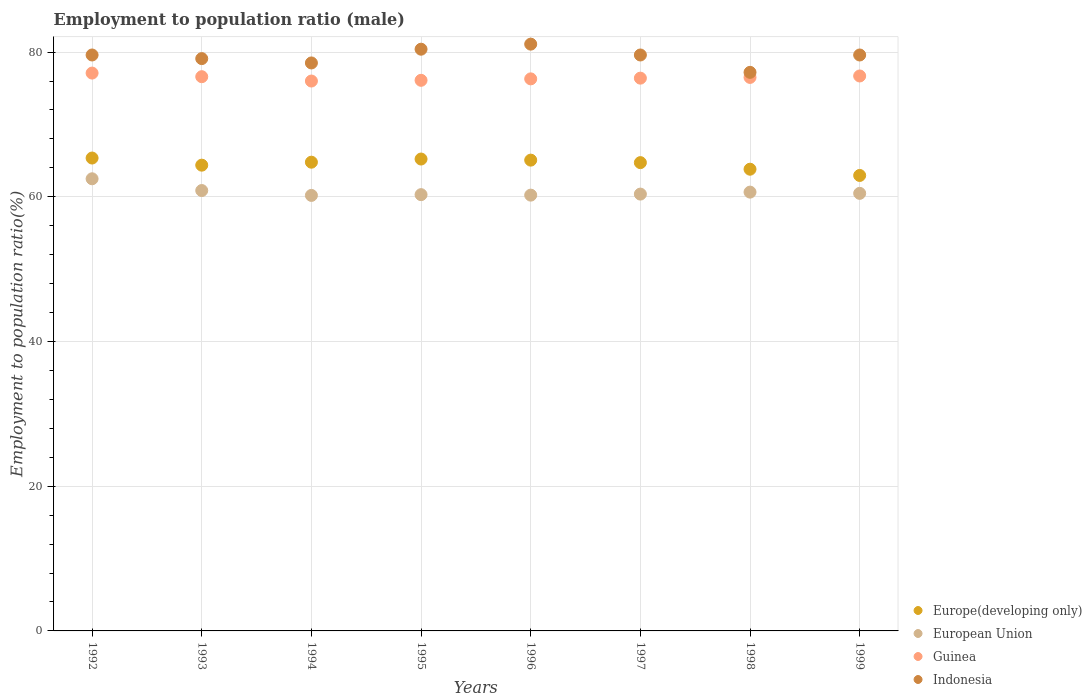
| Years | Europe(developing only) | European Union | Guinea | Indonesia |
 | --- | --- | --- | --- | --- |
 | 1992 | 65.4 | 62.5 | 77.1 | 79.6 |
 | 1993 | 64.4 | 60.9 | 76.6 | 79.1 |
 | 1994 | 64.8 | 60.2 | 76 | 78.5 |
 | 1995 | 65.2 | 60.3 | 76.1 | 80.4 |
 | 1996 | 65.1 | 60.2 | 76.3 | 81.1 |
 | 1997 | 64.7 | 60.4 | 76.4 | 79.6 |
 | 1998 | 63.8 | 60.6 | 76.5 | 77.2 |
 | 1999 | 62.9 | 60.5 | 76.7 | 79.6 |